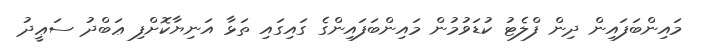
މައިންބަފައިން ދިން ފްލެޓު ކުޑަވުމުން މައިންބަފައިންގެ ގައިގައި ތަޅާ އަނިޔާކޮށްފި ޢަބްދު ސަޢީދު